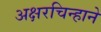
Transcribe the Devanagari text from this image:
अक्षरचिन्हाने